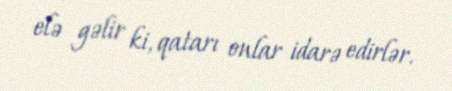
elə gəlir ki, qatarı onlar idarə edirlər.